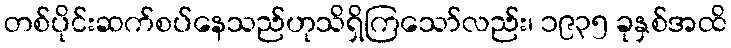
တစ်ပိုင်းဆက်စပ်နေသည်ဟုသိရှိကြသော်လည်း၊ ၁၉၃၅ ခုနှစ်အထိ